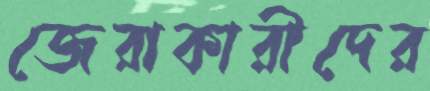
জেরাকারীদের